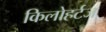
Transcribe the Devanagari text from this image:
किलोहर्टज